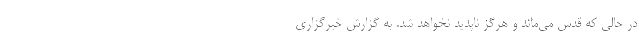
در حالی که قدس می‌ماند و هرگز ناپدید نخواهد شد. به گزارش خبرگزاری